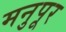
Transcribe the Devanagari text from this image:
मनुपूर